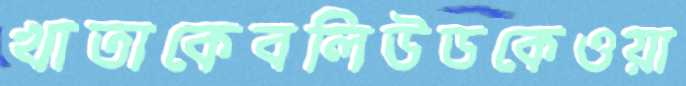
খাতাকেবলিউডকেওয়া